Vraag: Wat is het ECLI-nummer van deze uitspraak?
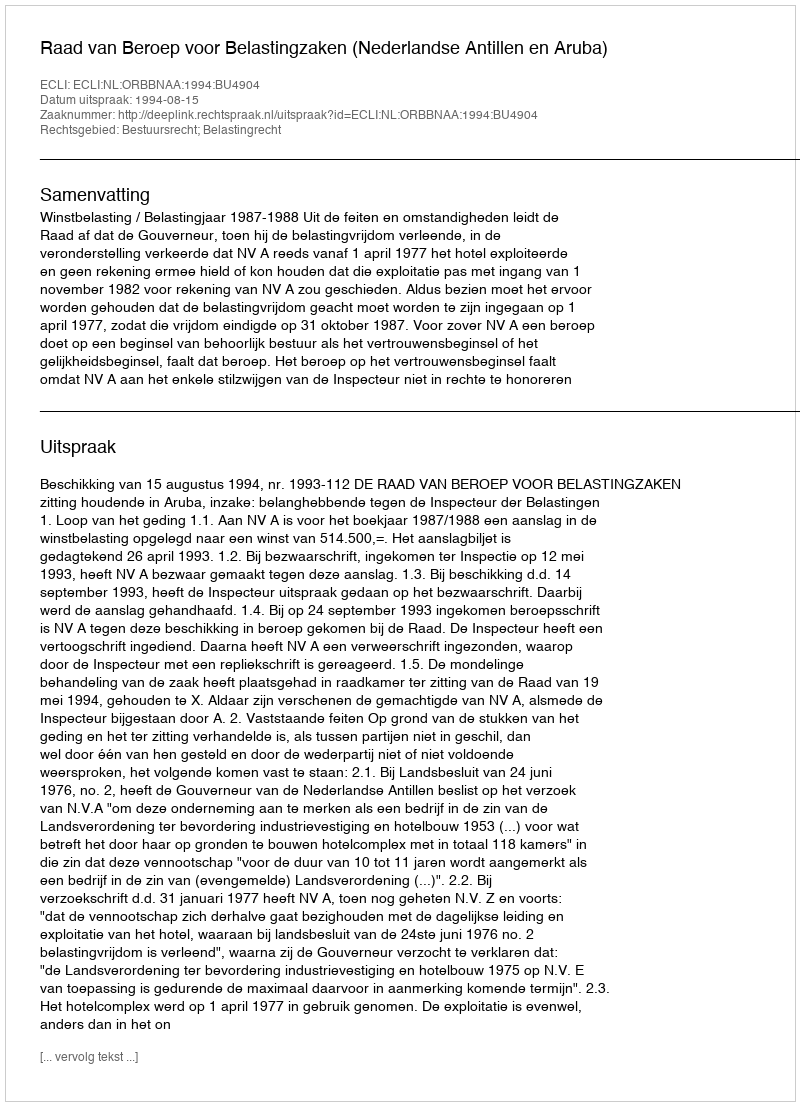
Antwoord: ECLI:NL:ORBBNAA:1994:BU4904